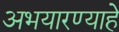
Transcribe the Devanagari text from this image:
अभयारण्याहे